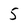
Character: 5